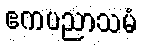
ဧကပညာသမံ